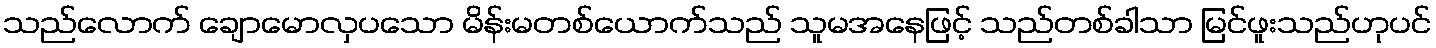
သည်လောက် ချောမောလှပသော မိန်းမတစ်ယောက်သည် သူမအနေဖြင့် သည်တစ်ခါသာ မြင်ဖူးသည်ဟုပင်